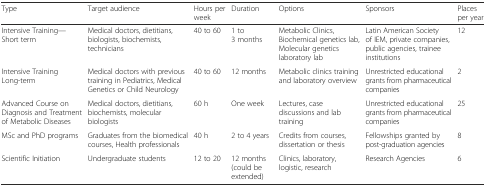
<table><thead><tr><td><b>Type</b></td><td><b>Target audience</b></td><td><b>Hours per week</b></td><td><b>Duration</b></td><td><b>Options</b></td><td><b>Sponsors</b></td><td><b>Places per year</b></td></tr></thead><tbody><tr><td>Intensive Training—Short term</td><td>Medical doctors, dietitians, biologists, biochemists, technicians</td><td>40 to 60</td><td>1 to 3 months</td><td>Metabolic Clinics, Biochemical genetics lab,Molecular genetics laboratory lab</td><td>Latin American Society of IEM, private companies, public agencies, trainee institutions</td><td>12</td></tr><tr><td>Intensive TrainingLong-term</td><td>Medical doctors with previous training in Pediatrics, Medical Genetics or Child Neurology</td><td>40 to 60</td><td>12 months</td><td>Metabolic clinics training and laboratory overview</td><td>Unrestricted educational grants from pharmaceutical companies</td><td>2</td></tr><tr><td>Advanced Course on Diagnosis and Treatment of Metabolic Diseases</td><td>Medical doctors, dietitians, biochemists, molecular biologists</td><td>60 h</td><td>One week</td><td>Lectures, case discussions and lab training</td><td>Unrestricted educational grants from pharmaceutical companies</td><td>25</td></tr><tr><td>MSc and PhD programs</td><td>Graduates from the biomedical courses, Health professionals</td><td>40 h</td><td>2 to 4 years</td><td>Credits from courses, dissertation or thesis</td><td>Fellowships granted by post-graduation agencies</td><td>8</td></tr><tr><td>Scientific Initiation</td><td>Undergraduate students</td><td>12 to 20</td><td>12 months (could be extended)</td><td>Clinics, laboratory, logistic, research</td><td>Research Agencies</td><td>6</td></tr></tbody></table>